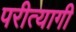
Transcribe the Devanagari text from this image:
परीत्यागी